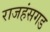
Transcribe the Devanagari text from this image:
राजहंसगड